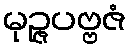
မုဉ္ဇပဗ္ဗဇံ